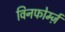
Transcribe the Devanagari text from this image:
विनफोर्म्ज़